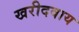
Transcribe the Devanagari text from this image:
खरीदवाय